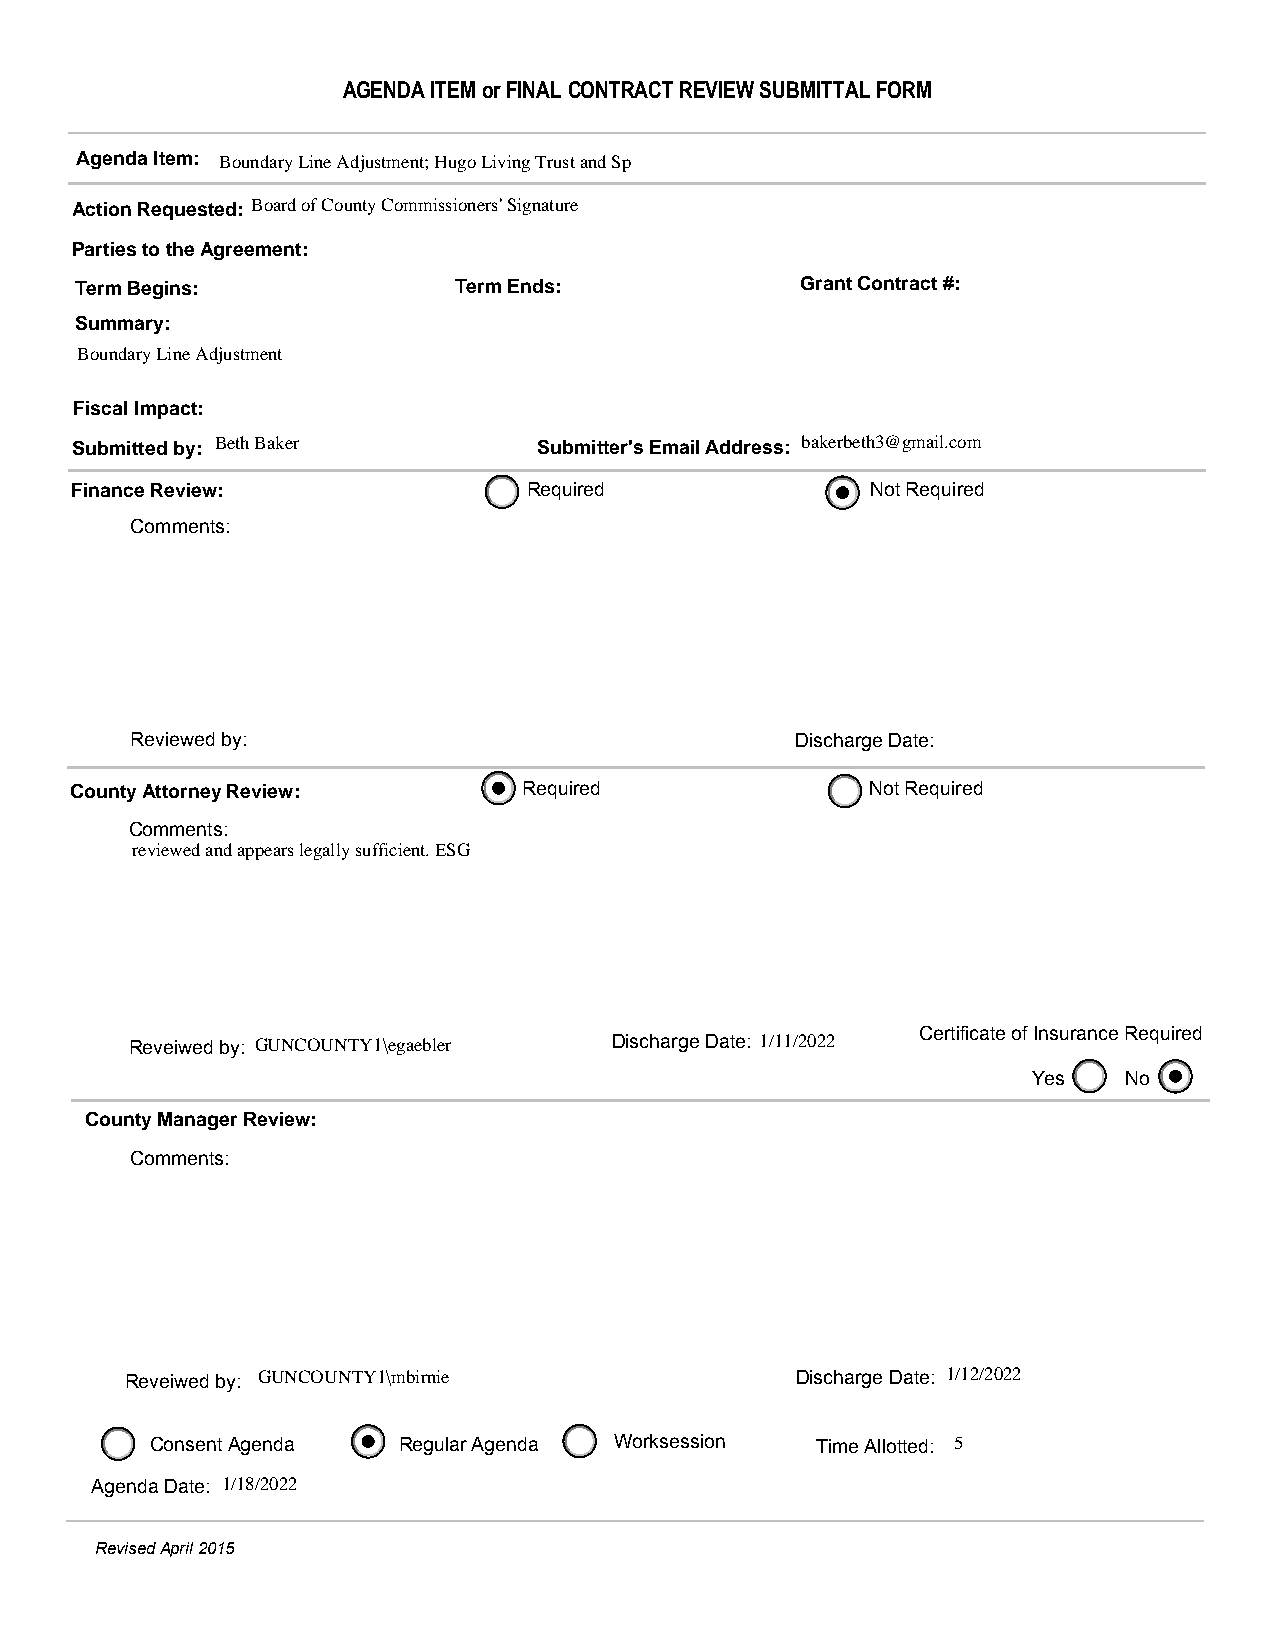
AGENDA ITEM or FINAL CONTRACT REVIEW SUBMITTAL FORM
 Agenda Item: Boundary Line Adjustment; Hugo Living Trust and Sp
 Action Requested: Board of County Commissioners' Signature
 Parties to the Agreement:
 Term Begins:             Term Ends:             Grant Contract #:
 Summary:
 Boundary Line Adjustment
 Fiscal Impact:
 Submitted by: Beth Baker       Submitter's Email Address: bakerbeth3@gmail.com
 Finance Review:               Required               Not Required
 Comments:
 Reviewed by:                                Discharge Date:
 County Attorney Review:       Required               Not Required
 Comments:
 reviewed and appears legally sufficient. ESG
 Reveiwed by: GUNCOUNTY1\egaebler Discharge Date: 1/11/2022 Certificate of Insurance Required
 Yes   No
 County Manager Review:
 Comments:
 Reveiwed by: GUNCOUNTY1\mbirnie              Discharge Date: 1/12/2022
 Consent Agenda  Regular Agenda Worksession  Time Allotted: 5
 Agenda Date: 1/18/2022
 Revised April 2015